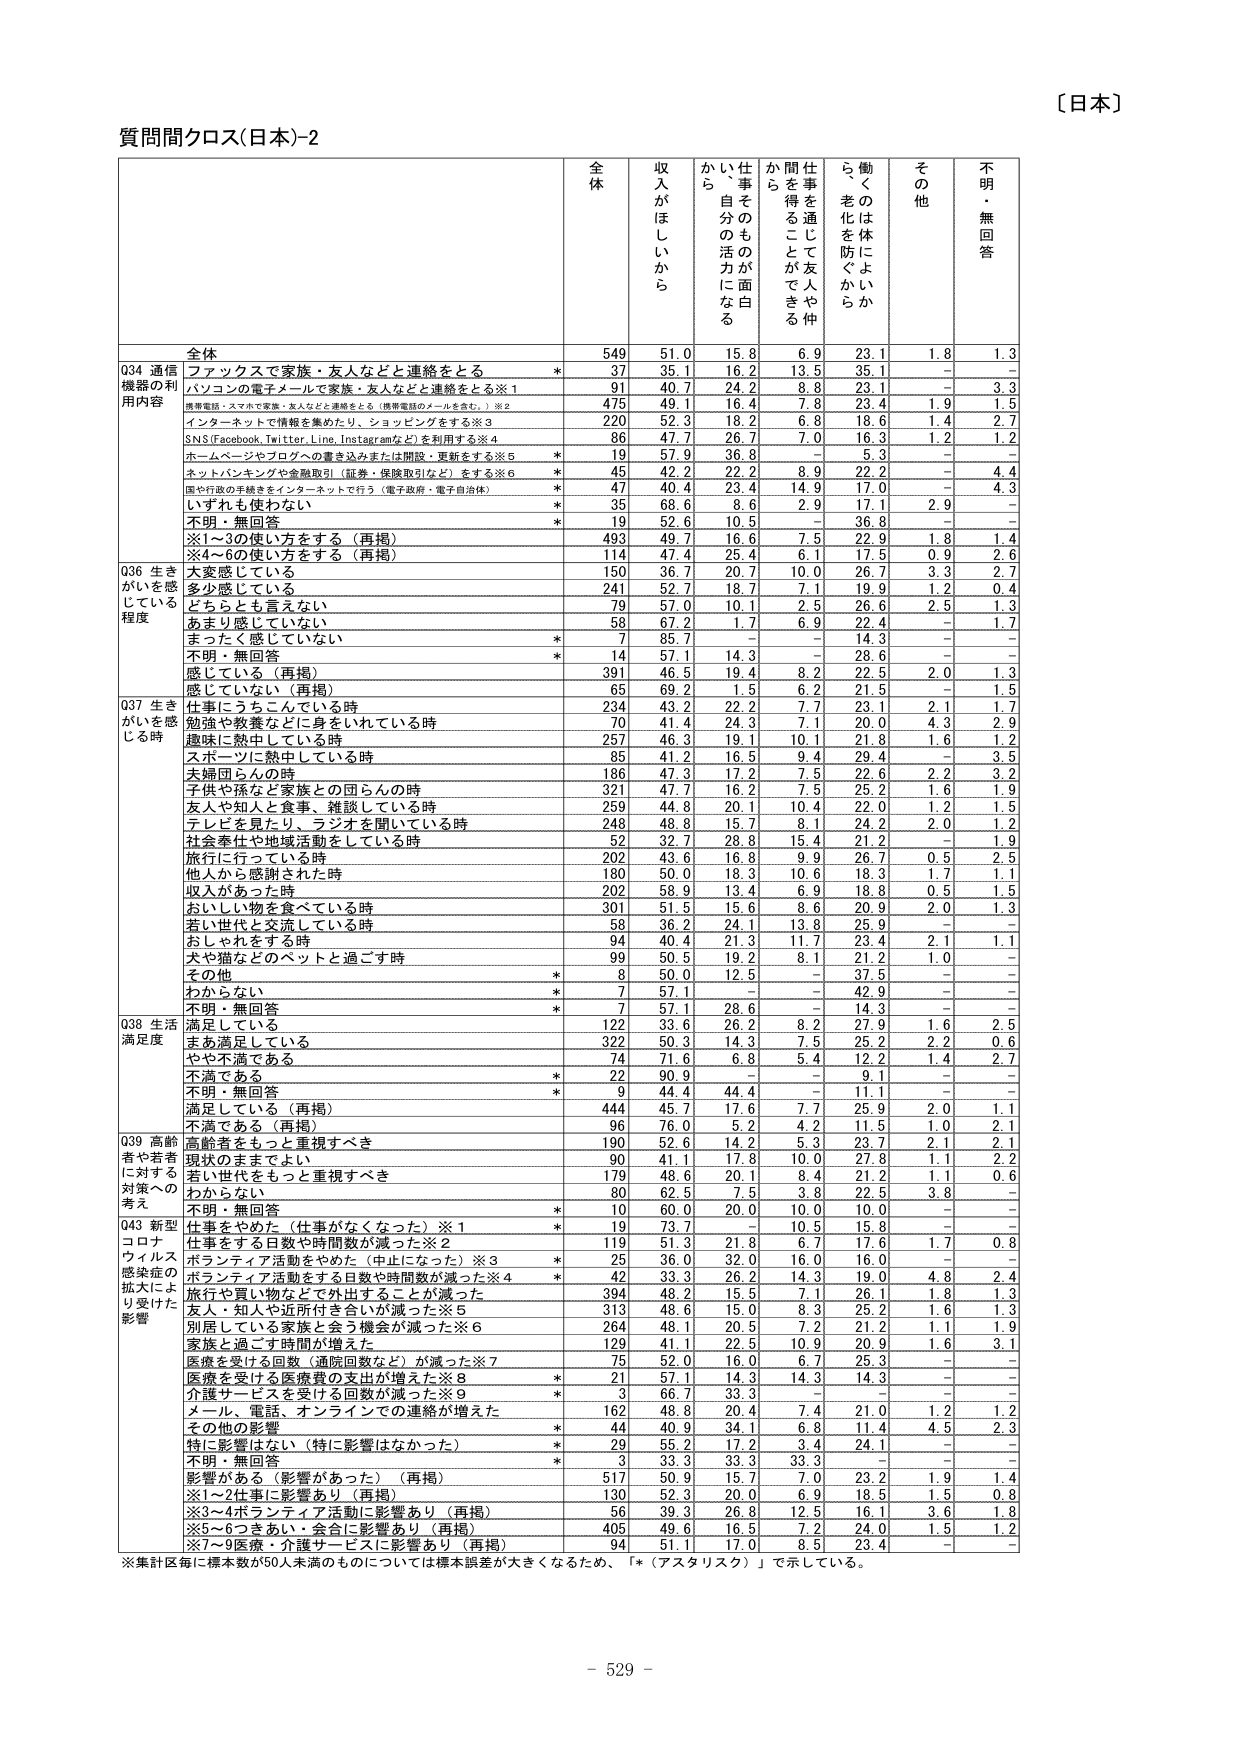
〔日本〕
質問間クロス(日本)-2
全体
収入がほしいから
仕事そのものが面白いか、自分の活力になる
仕事を通じて友人や仲間を得ることができる
働くのは体によいから、老化を防ぐから
その他
不明・無回答
全体
549
51.0
15.8
6.9
23.1
1.8
1.3
Q34 通信機器の利用内容
ファックスで家族・友人などと連絡をとる
*
37
35.1
16.2
13.5
35.1
-
-
パソコンの電子メールで家族・友人などと連絡をとる※1
91
40.7
24.2
8.8
23.1
-
3.3
携帯電話・スマホで家族・友人などと連絡をとる（携帯電話のメールを含む。）※2
475
49.1
16.4
7.8
23.4
1.9
1.5
インターネットで情報を集めたり、ショッピングをする※3
220
52.3
18.2
6.8
18.6
1.4
2.7
SNS(Facebook, Twitter, Line, Instagramなど)を利用する※4
86
47.7
26.7
7.0
16.3
1.2
1.2
ホームページやブログへの書き込みまたは開設・更新をする※5
*
19
57.9
36.8
-
5.3
-
-
ネットバンキングや金融取引（証券・保険取引など）をする※6
*
45
42.2
22.2
8.9
22.2
-
4.4
国や行政の手続きをインターネットで行う（電子政府・電子自治体）
*
47
40.4
23.4
14.9
17.0
-
4.3
いずれも使わない
*
35
68.6
8.6
2.9
17.1
2.9
-
不明・無回答
*
19
52.6
10.5
-
36.8
-
-
※1～3の使い方をする（再掲）
493
49.7
16.6
7.5
22.9
1.8
1.4
※4～6の使い方をする（再掲）
114
47.4
25.4
6.1
17.5
0.9
2.6
Q36 生きがいを感じている程度
大変感じている
150
36.7
20.7
10.0
26.7
3.3
2.7
多少感じている
241
52.7
18.7
7.1
19.9
1.2
0.4
どちらとも言えない
79
57.0
10.1
2.5
26.6
2.5
1.3
あまり感じていない
58
67.2
1.7
6.9
22.4
-
1.7
まったく感じていない
*
7
85.7
-
-
14.3
-
-
不明・無回答
*
14
57.1
14.3
-
28.6
-
-
感じている（再掲）
391
46.5
19.4
8.2
22.5
2.0
1.3
感じていない（再掲）
65
69.2
1.5
6.2
21.5
-
1.5
Q37 生きがいを感じる時
仕事にうちこんでいる時
234
43.2
22.2
7.7
23.1
2.1
1.7
勉強や教養などに身をいれている時
70
41.4
24.3
7.1
20.0
4.3
2.9
趣味に熱中している時
257
46.3
19.1
10.1
21.8
1.6
1.2
スポーツに熱中している時
85
41.2
16.5
9.4
29.4
-
3.5
夫婦団らんの時
186
47.3
17.2
7.5
22.6
2.2
3.2
子供や孫など家族との団らんの時
321
47.7
16.2
7.5
25.2
1.6
1.9
友人や知人と食事、雑談している時
259
44.8
20.1
10.4
22.0
1.2
1.5
テレビを見たり、ラジオを聞いている時
248
48.8
15.7
8.1
24.2
2.0
1.2
社会奉仕や地域活動をしている時
52
32.7
28.8
15.4
21.2
-
1.9
旅行に行っている時
202
43.6
16.8
9.9
26.7
0.5
2.5
他人から感謝された時
180
50.0
18.3
10.6
18.3
1.7
1.1
収入があった時
202
58.9
13.4
6.9
18.8
0.5
1.5
おいしい物を食べている時
301
51.5
15.6
8.6
20.9
2.0
1.3
若い世代と交流している時
58
36.2
24.1
13.8
25.9
-
-
おしゃれをする時
94
40.4
21.3
11.7
23.4
2.1
1.1
犬や猫などのペットと過ごす時
99
50.5
19.2
8.1
21.2
1.0
-
その他
*
8
50.0
12.5
-
37.5
-
-
わからない
*
7
57.1
-
-
42.9
-
-
不明・無回答
*
7
57.1
28.6
-
14.3
-
-
Q38 生活満足度
満足している
122
33.6
26.2
8.2
27.9
1.6
2.5
まあ満足している
322
50.3
14.3
7.5
25.2
2.2
0.6
やや不満である
74
71.6
6.8
5.4
12.2
1.4
2.7
不満である
*
22
90.9
-
-
9.1
-
-
不明・無回答
*
9
44.4
44.4
-
11.1
-
-
満足している（再掲）
444
45.7
17.6
7.7
25.9
2.0
1.1
不満である（再掲）
96
76.0
5.2
4.2
11.5
1.0
2.1
Q39 高齢者や若者に対する対策への考え
高齢者をもっと重視すべき
190
52.6
14.2
5.3
23.7
2.1
2.1
現状のままでよい
90
41.1
17.8
10.0
27.8
1.1
2.2
若い世代をもっと重視すべき
179
48.6
20.1
8.4
21.2
1.1
0.6
わからない
80
62.5
7.5
3.8
22.5
3.8
-
不明・無回答
*
10
60.0
20.0
10.0
10.0
-
-
Q43 新型コロナウイルス感染症の拡大により受けた影響
仕事をやめた（仕事がなくなった）※1
*
19
73.7
-
10.5
15.8
-
-
仕事をする日数や時間数が減った※2
119
51.3
21.8
6.7
17.6
1.7
0.8
ボランティア活動をやめた（中止になった）※3
*
25
36.0
32.0
16.0
16.0
-
-
ボランティア活動をする日数や時間数が減った※4
*
42
33.3
26.2
14.3
19.0
4.8
2.4
旅行や買い物などが外出することが減った
394
48.2
15.5
7.1
26.1
1.8
1.3
友人・知人や近所付き合いが減った※5
313
48.6
15.0
8.3
25.2
1.6
1.3
別居している家族と会う機会が減った※6
264
48.1
20.5
7.2
21.2
1.1
1.9
家族と過ごす時間が増えた
129
41.1
22.5
10.9
20.9
1.6
3.1
医療を受ける回数（通院回数など）が減った※7
75
52.0
16.0
6.7
25.3
-
-
医療を受けける医療費の支出が増えた※8
*
21
57.1
14.3
14.3
14.3
-
-
介護サービスを受けける回数が減った※9
*
3
66.7
33.3
-
-
-
-
メール、電話、オンラインでの連絡が増えた
162
48.8
20.4
7.4
21.0
1.2
1.2
その他の影響
*
44
40.9
34.1
6.8
11.4
4.5
2.3
特に影響はない（特に影響はなかった）
*
29
55.2
17.2
3.4
24.1
-
-
不明・無回答
*
3
33.3
33.3
33.3
-
-
-
影響がある（影響があった）（再掲）
517
50.9
15.7
7.0
23.2
1.9
1.4
※1～2仕事に影響あり（再掲）
130
52.3
20.0
6.9
18.5
1.5
0.8
※3～4ボランティア活動に影響あり（再掲）
56
39.3
26.8
12.5
16.1
3.6
1.8
※5～6つきあい・会合に影響あり（再掲）
405
49.6
16.5
7.2
24.0
1.5
1.2
※7～9医療・介護サービスに影響あり（再掲）
94
51.1
17.0
8.5
23.4
-
-
※集計区毎に標本数が50人未満のものについては標本誤差が大きくなるため、「*（アスタリスク）」で示している。
- 529 -